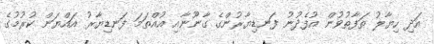
އަދި ހިޔާލު ތަފާތުވުން އުފެދުނު ފަނޑިޔާރުންގެ ގާނޫނާއި އުއްތަމަ ފަނޑިޔާރު އައްޔަން ކުރުމުގެ